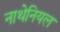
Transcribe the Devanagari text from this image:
नाथेनियल